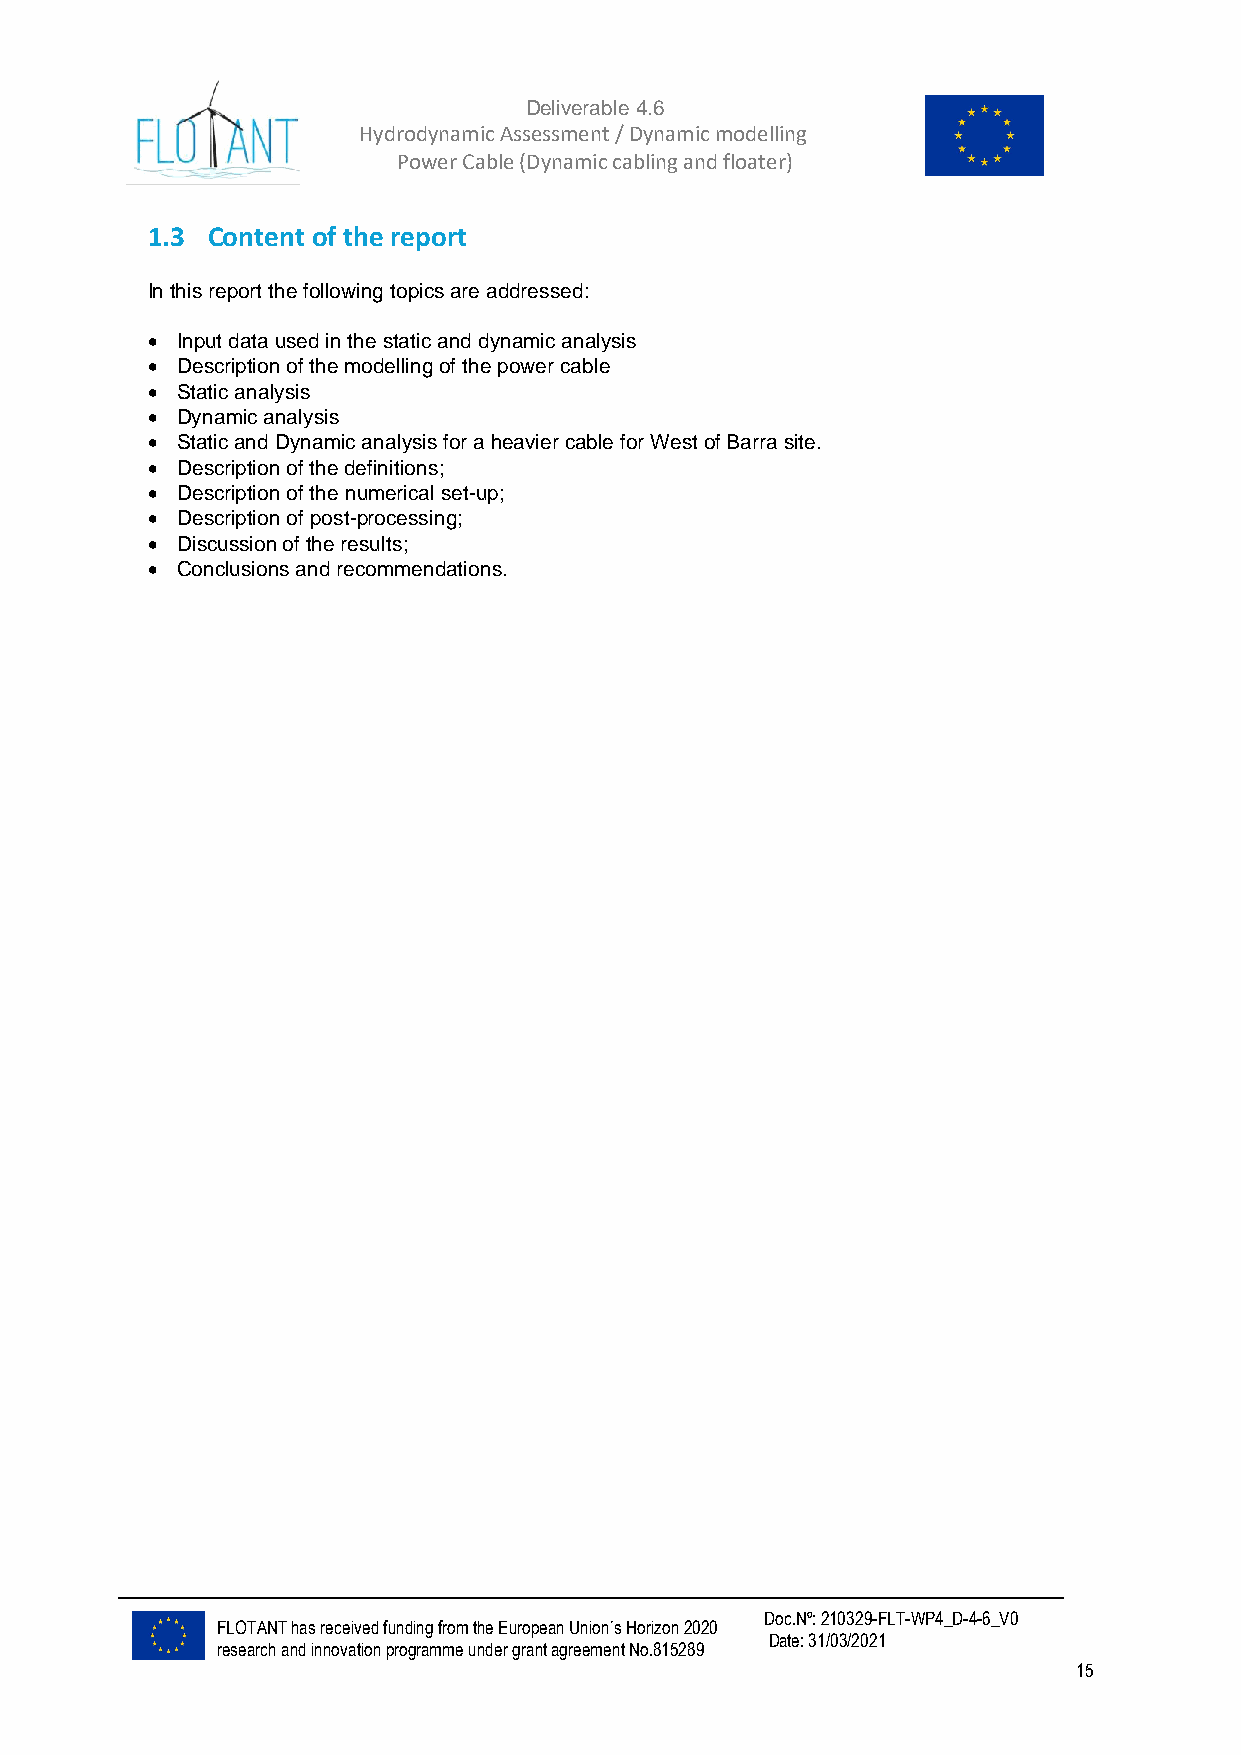
Deliverable 4.6
 Hydrodynamic Assessment / Dynamic modelling of
 Power Cable (Dynamic cabling and floater)
 1.3 Content of the report
 In this report the following topics are addressed:
 • Input data used in the static and dynamic analysis
 • Description of the modelling of the power cable
 • Static analysis
 • Dynamic analysis
 • Static and Dynamic analysis for a heavier cable for West of Barra site.
 • Description of the definitions;
 • Description of the numerical set-up;
 • Description of post-processing;
 • Discussion of the results;
 • Conclusions and recommendations.
 Doc.Nº: 210329-FLT-WP4_D-4-6_V0
 FLOTANT has received funding from the European Union´s Horizon 2020
 Date: 31/03/2021
 research and innovation programme under grant agreement No.815289
 15